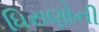
ધિરાણોની